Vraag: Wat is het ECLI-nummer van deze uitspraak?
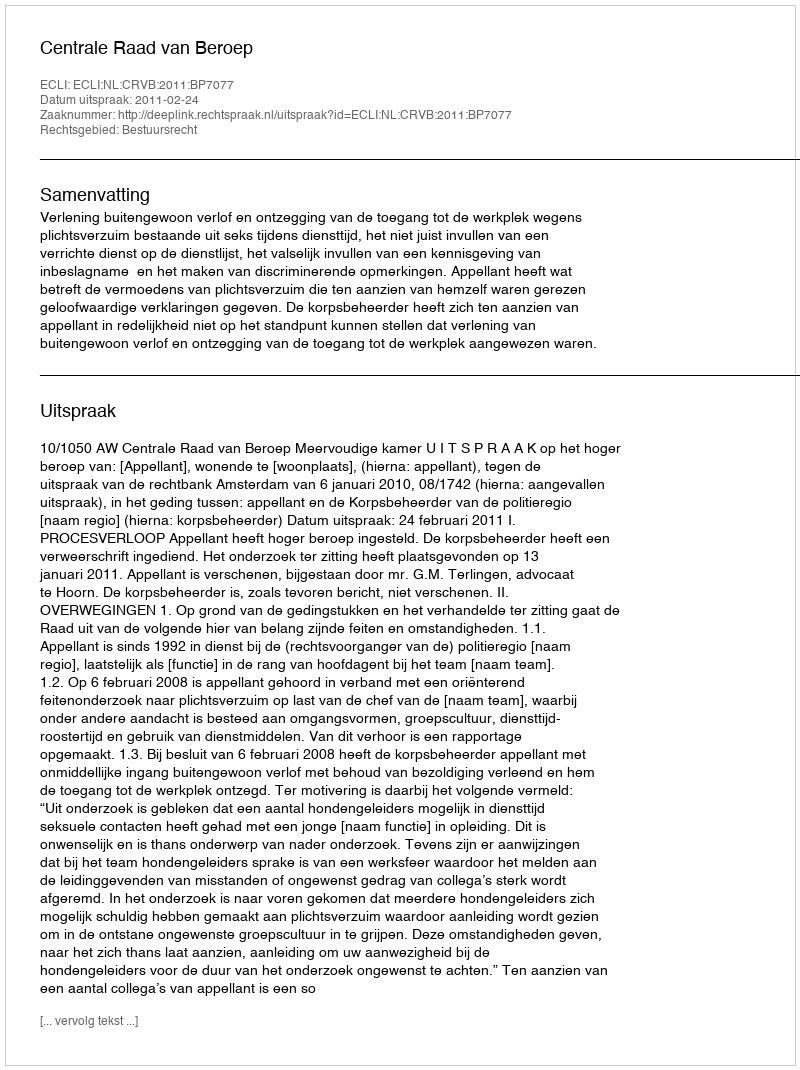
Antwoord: ECLI:NL:CRVB:2011:BP7077